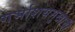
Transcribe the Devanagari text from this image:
गर्भाशयमुखाची